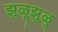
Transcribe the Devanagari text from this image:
झुळूझुळू